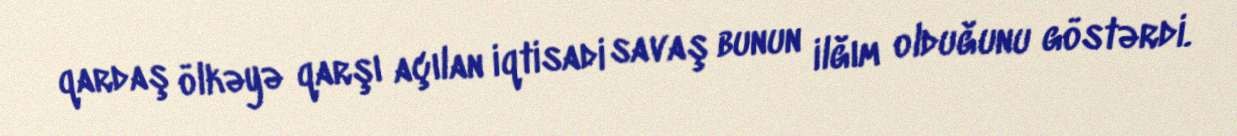
qardaş ölkəyə qarşı açılan iqtisadi savaş bunun ilğım olduğunu göstərdi.